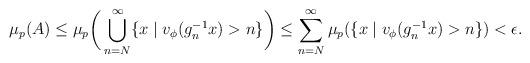
LaTeX: \begin{align*} \mu_{p}(A)\leq \mu_{p}\bigg(\bigcup_{n=N}^{\infty}\{x\mid v_{\phi}(g_{n}^{-1}x)>n\}\bigg)\leq \sum_{n=N}^{\infty}\mu_{p}(\{x\mid v_{\phi}(g_{n}^{-1}x)>n\})<\epsilon.\end{align*}